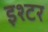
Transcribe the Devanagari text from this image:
इश्टर